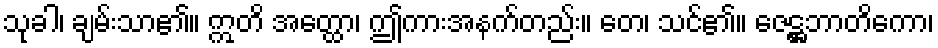
သုခါ၊ ချမ်းသာ၏။ ဣတိ အတ္ထော၊ ဤကားအနက်တည်း။ တေ၊ သင်၏။ ဇေဋ္ဌဘာတိကော၊